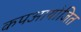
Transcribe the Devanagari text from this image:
कपआयोजित